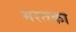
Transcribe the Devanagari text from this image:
भरतका